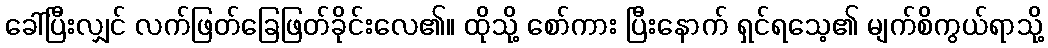
ခေါ်ပြီးလျှင် လက်ဖြတ်ခြေဖြတ်ခိုင်းလေ၏။ ထိုသို့ စော်ကား ပြီးနောက် ရှင်ရသေ့၏ မျက်စိကွယ်ရာသို့